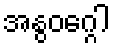
အနွဝဂ္ဂေါ